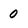
Character: 0